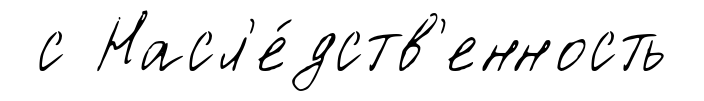
с Насл'е́дств'енность